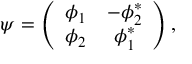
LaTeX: \psi = \left( \begin{array} { c c } { { \phi _ { 1 } } } & { { - \phi _ { 2 } ^ { * } } } \\ { { \phi _ { 2 } } } & { { \phi _ { 1 } ^ { * } } } \end{array} \right) ,